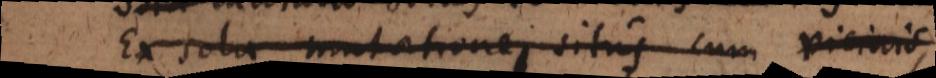
Ex sola mutatione situs cum vicinis,